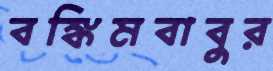
বঙ্কিমবাবুর